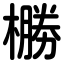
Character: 橳